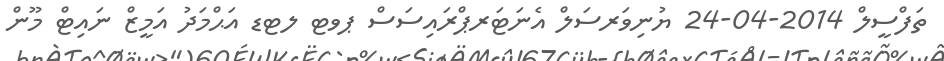
ތަފްސީލް 2014-04-24 ޔުނިވަރސަލް އެނަޓަރޕްރައިސަސް ޕވޓ ލޓޑ އަޙްމަދު އަމީޒް ނައިޓް މޫން